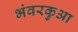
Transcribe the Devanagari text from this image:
भंवरकुआ